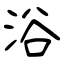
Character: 浴